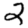
Digit: 2